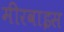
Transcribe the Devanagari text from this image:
मीरवाइस